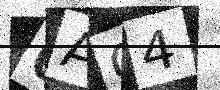
Text: 0AQ4